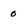
Character: 0